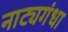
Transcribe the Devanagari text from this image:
नाट्यगंधा